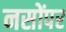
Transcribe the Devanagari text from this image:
नसोंपर